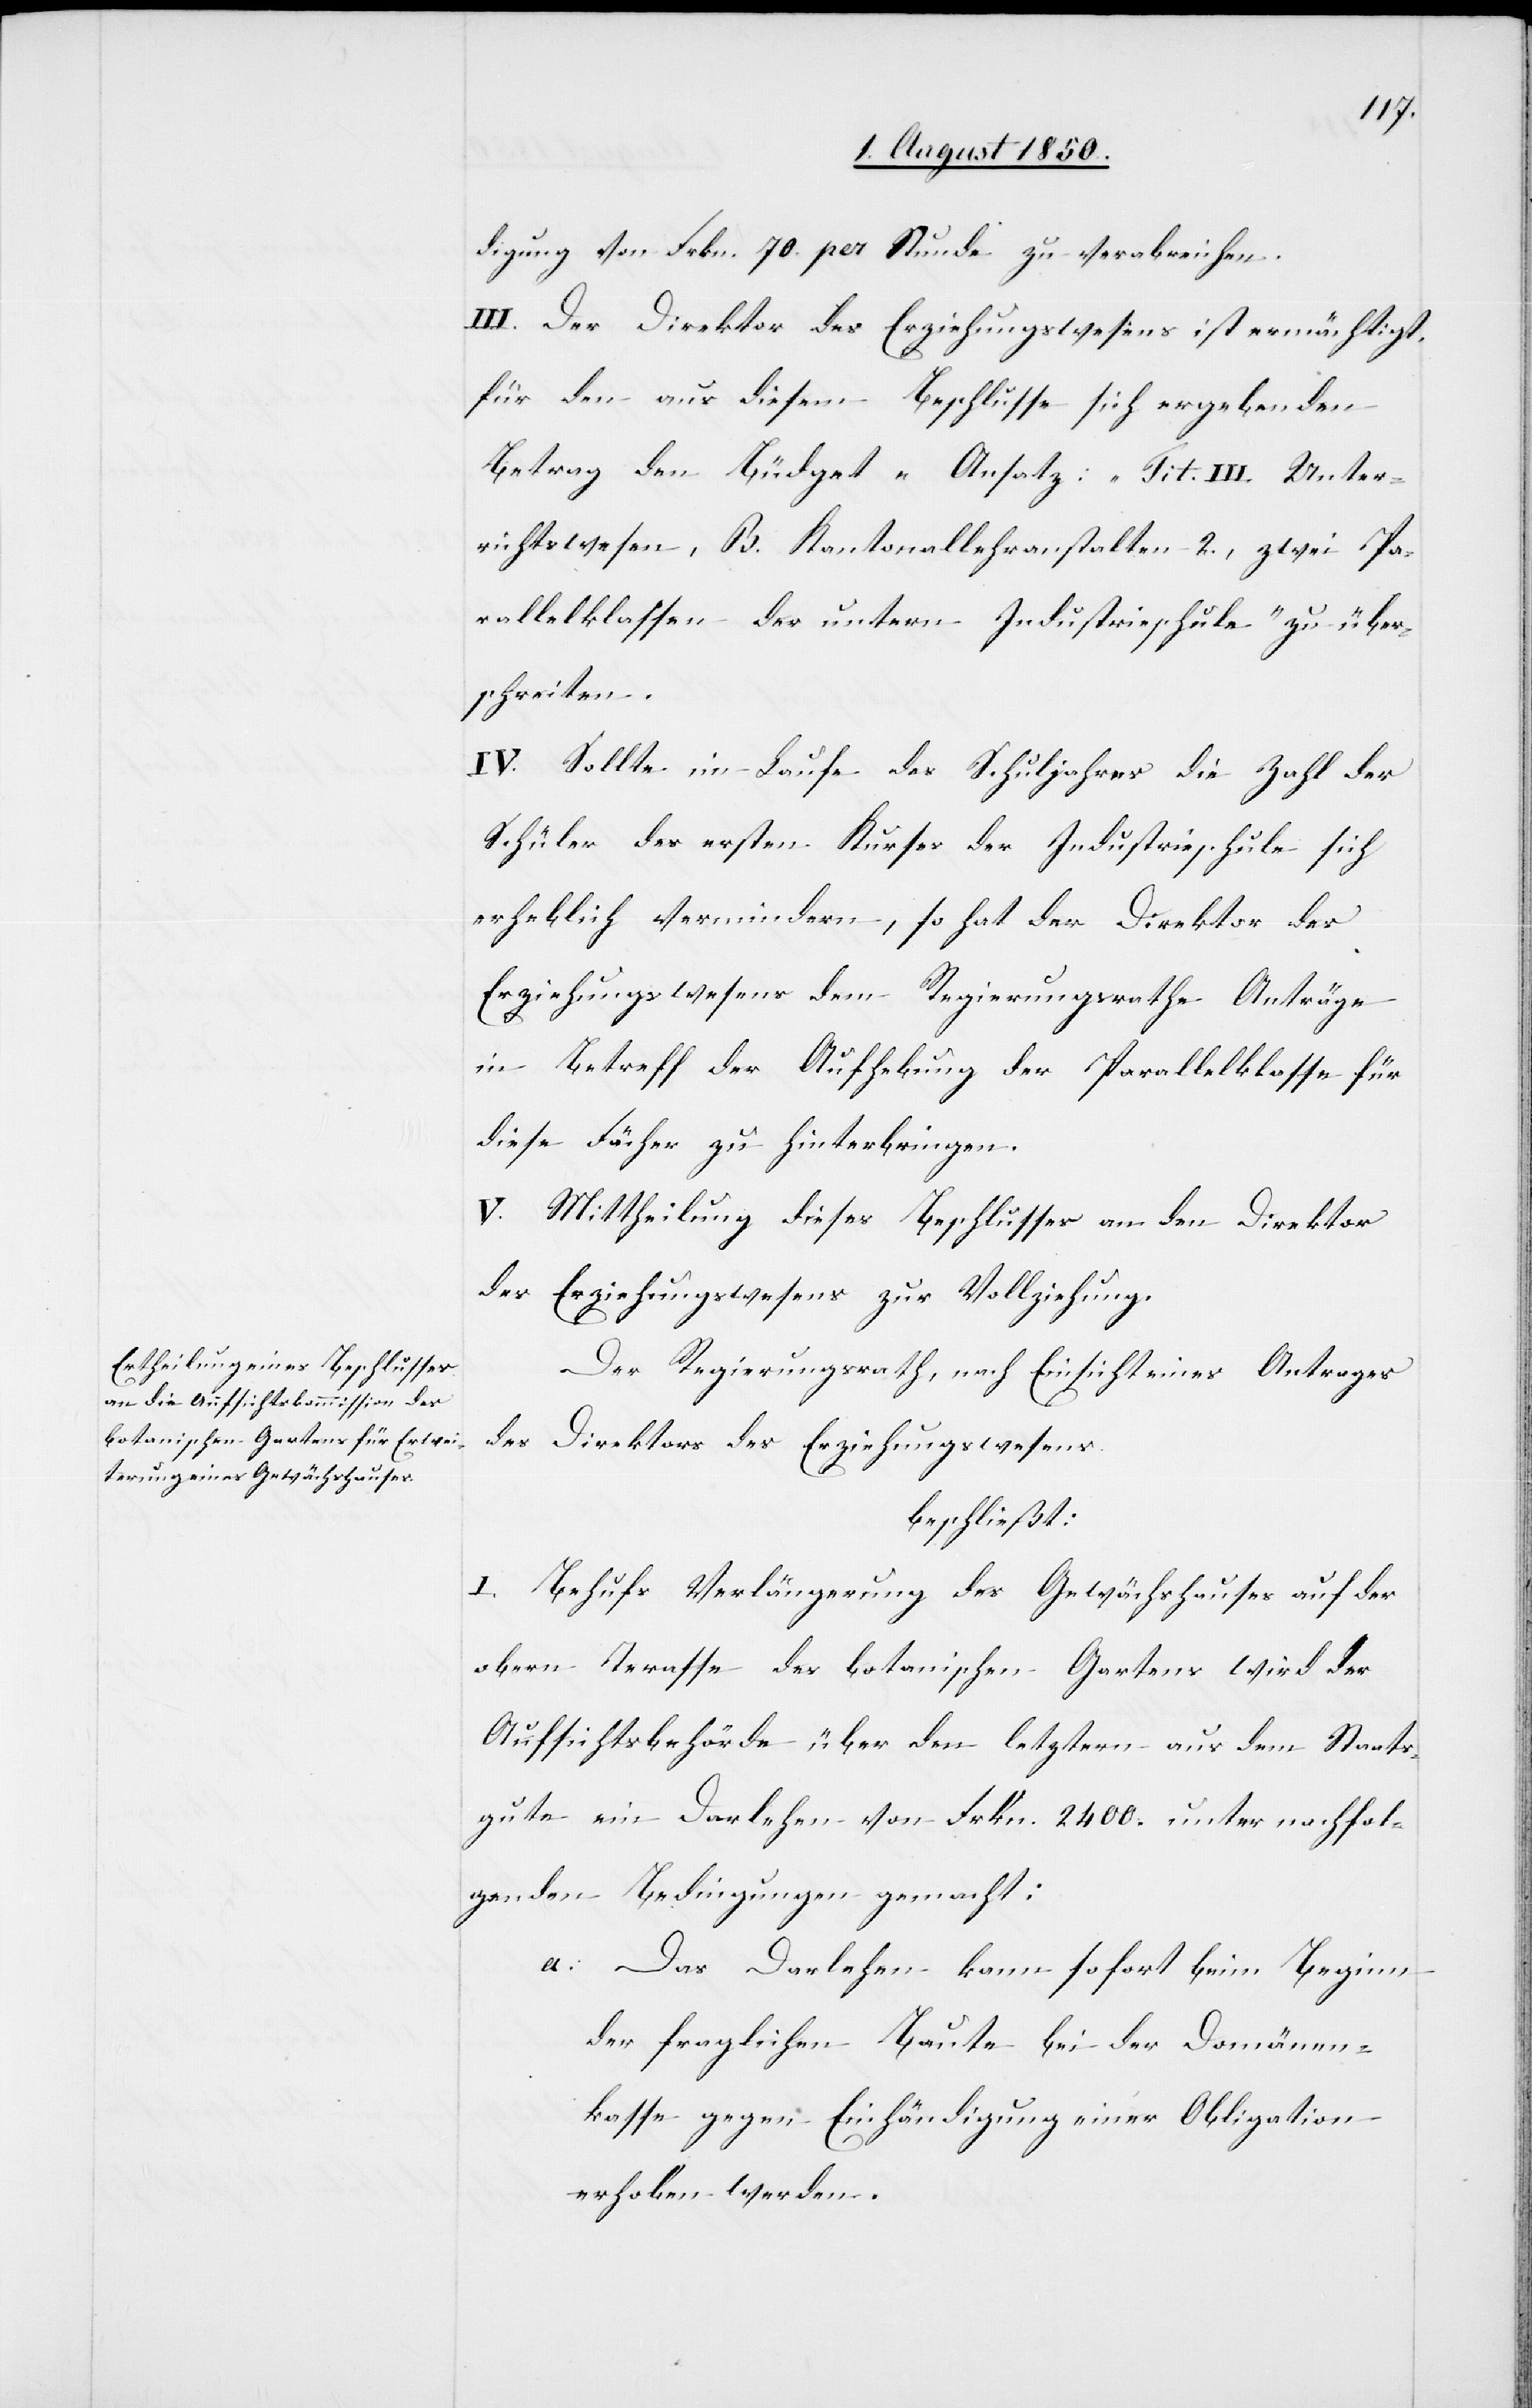
digung von Frkn. 70. per Stunde zu verabreichen.
III. Der Direktor des Erziehungswesens ist ermächtigt,
für den aus diesem Beschlusse sich ergebenden
Betrag den Büdget-Ansatz: „Tit. III. Unter¬
richtswesen, B. Kantonallehranstalten 2., zwei Pa¬
rallelklassen der untern Industrieschule“ zu über¬
schreiten.
IV. Sollte im Laufe des Schuljahres die Zahl der
Schüler des ersten Kurses der Industrieschule sich
erheblich vermindern, so hat der Direktor des
Erziehungswesens dem Regierungsrathe Anträge
in Betreff der Aufhebung der Parallelklasse für
diese Fächer zu hinterbringen.
V. Mittheilung dieses Beschlusses an den Direktor
des Erziehungswesens zur Vollziehung.
Der Regierungsrath, nach Einsicht eines Antrages
des Direktors des Erziehungswesens
beschließt:
I. Behufs Verlängerung des Gewächshauses auf der
obern Terasse [sic!] des botanischen Gartens wird der
Aufsichtsbehörde über den letztern aus dem Staats¬
gute ein Darlehen von Frkn. 2400. unter nachfol¬
genden Bedingungen gemacht:
a. Das Darlehen kann sofort beim Beginn
der fraglichen Baute bei der Domänen¬
kasse gegen Einhändigung einer Obligation
erhoben werden.